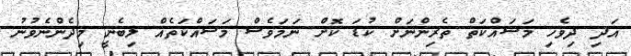
އަދި ދިވެހި މަސައްކަތް ތެރިންނަށް ކުޑަ ކޮށް ނަމަވެސް މަސައްކަތެއް ލިބެނީ މިދެންނެވުނު